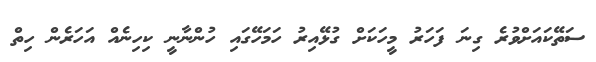
ސަތޭކައަށްވުރެ ގިނަ ފަހަރު މީހަކަށް ގުޅޭއިރު ހަމަހޭގައި ހުންނާނީ ކިހިނެއް އަހަރެން ހިތް